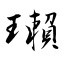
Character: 瓎